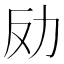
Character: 𠠻